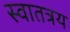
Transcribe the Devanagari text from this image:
स्वातत्रय